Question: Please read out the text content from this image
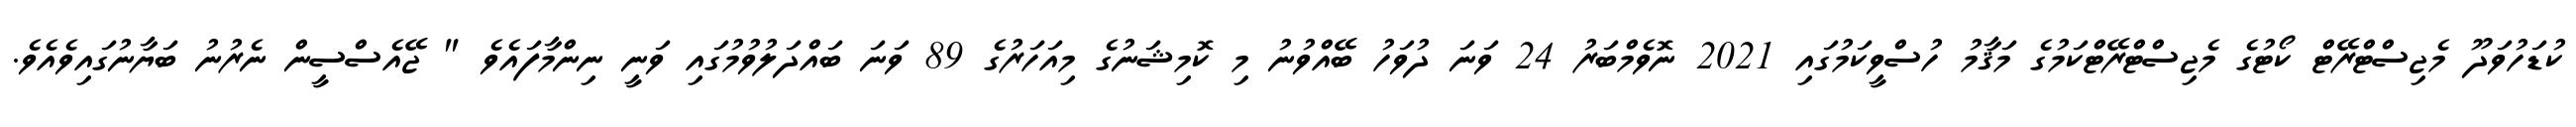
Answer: ކުޑަހުވަދޫ މެޖިސްޓްރޭޓް ކޯޓުގެ މެޖިސްޓްރޭޓްކަމުގެ މަޤާމު ހުސްވީކަމުގައި 2021 ނޮވެމްބަރު 24 ވަނަ ދުވަހު ބޭއްވުނު މި ކޮމިޝަނުގެ މިއަހަރުގެ 89 ވަނަ ބައްދަލުވުމުގައި ވަނީ ނިންމާފައެވެ " ޖޭއެސްސީން ނެރުނު ބަޔާނުގައިވެއެވެ.